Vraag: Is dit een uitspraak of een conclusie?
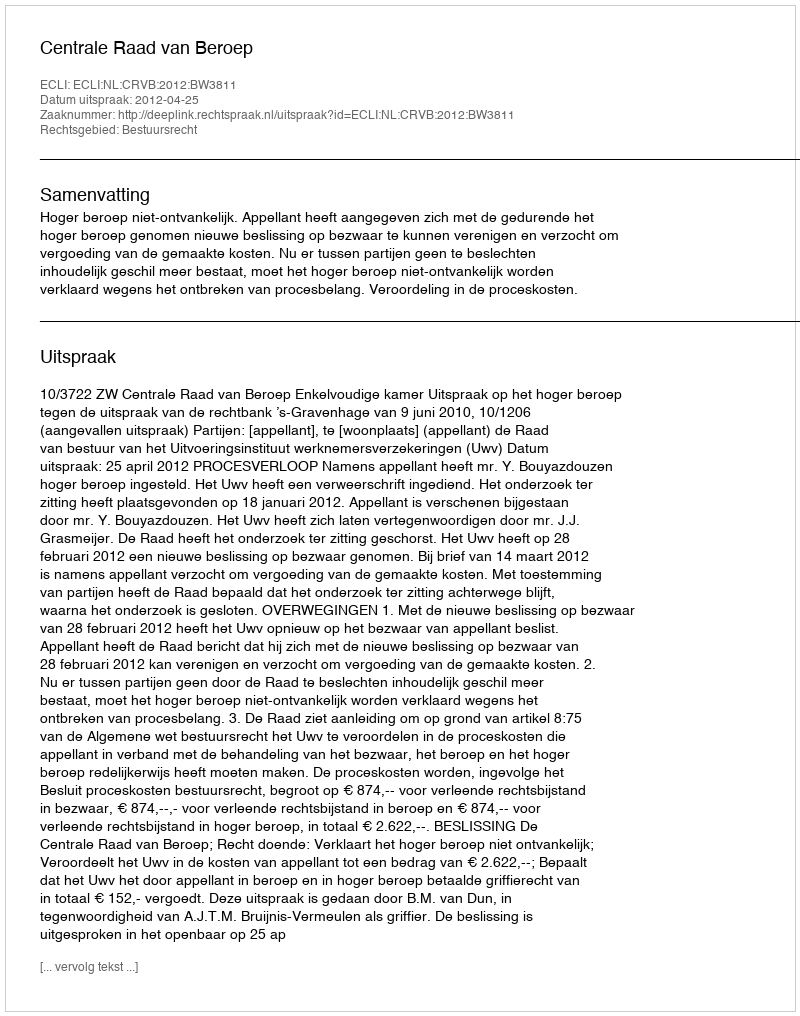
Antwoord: Uitspraak